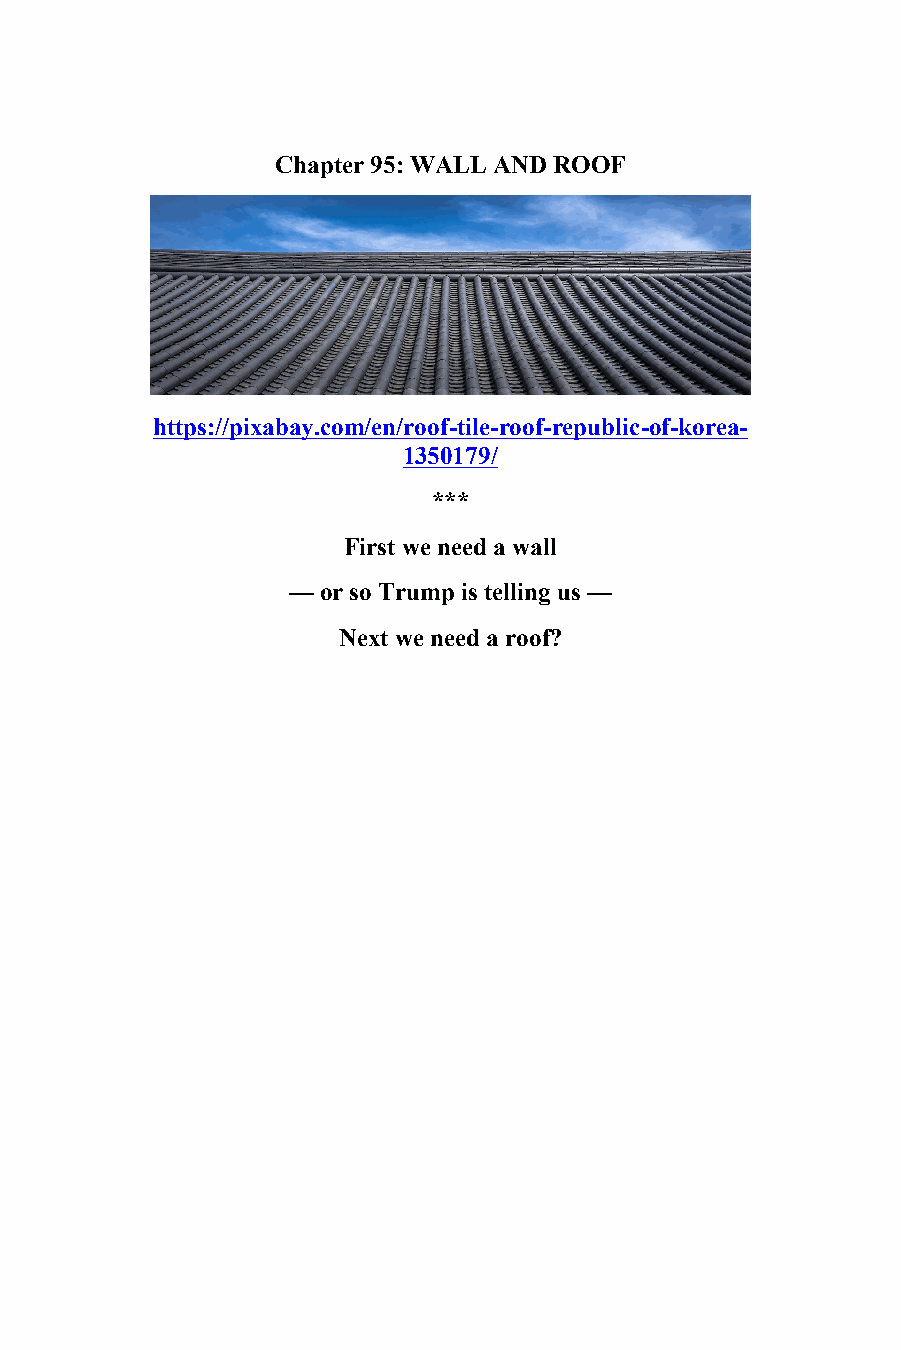
95
 Chapter 95: WALL AND ROOF
 https://pixabay.com/en/roof-tile-roof-republic-of-korea-
 1350179/
 ***
 First we need a wall
 — or so Trump is telling us —
 Next we need a roof?